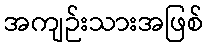
အကျဉ်းသားအဖြစ်